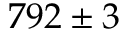
7 9 2 \pm 3